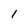
Character: 1